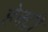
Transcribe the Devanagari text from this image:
हेक्ट्री